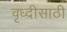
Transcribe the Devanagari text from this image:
वृध्दीसाठी